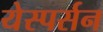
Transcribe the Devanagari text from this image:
येस्पर्सन